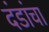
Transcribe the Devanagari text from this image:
दंडांचा